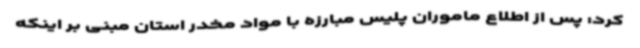
کرد: پس از اطلاع ماموران پلیس مبارزه با مواد مخدر استان مبنی بر اینکه